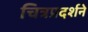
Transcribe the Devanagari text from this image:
चित्रप्रदर्शने